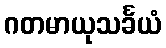
ဂတမာယုသင်္ခယံ